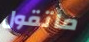
ماتقول